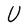
Character: U